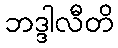
ဘဒ္ဒါလီတိ